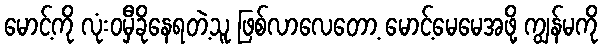
မောင့်ကို လုံးဝမှီခိုနေရတဲ့သူ ဖြစ်လာလေတော့ မောင့်မေမေအဖို့ ကျွန်မကို